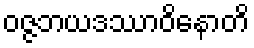
ဝဇ္ဇဘယဒဿာဝိနောတိ